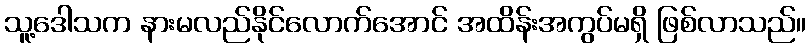
သူ့ဒေါသက နားမလည်နိုင်လောက်အောင် အထိန်းအကွပ်မရှိ ဖြစ်လာသည်။